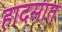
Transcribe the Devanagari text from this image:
हादसात